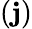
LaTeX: (\mathbf{j})